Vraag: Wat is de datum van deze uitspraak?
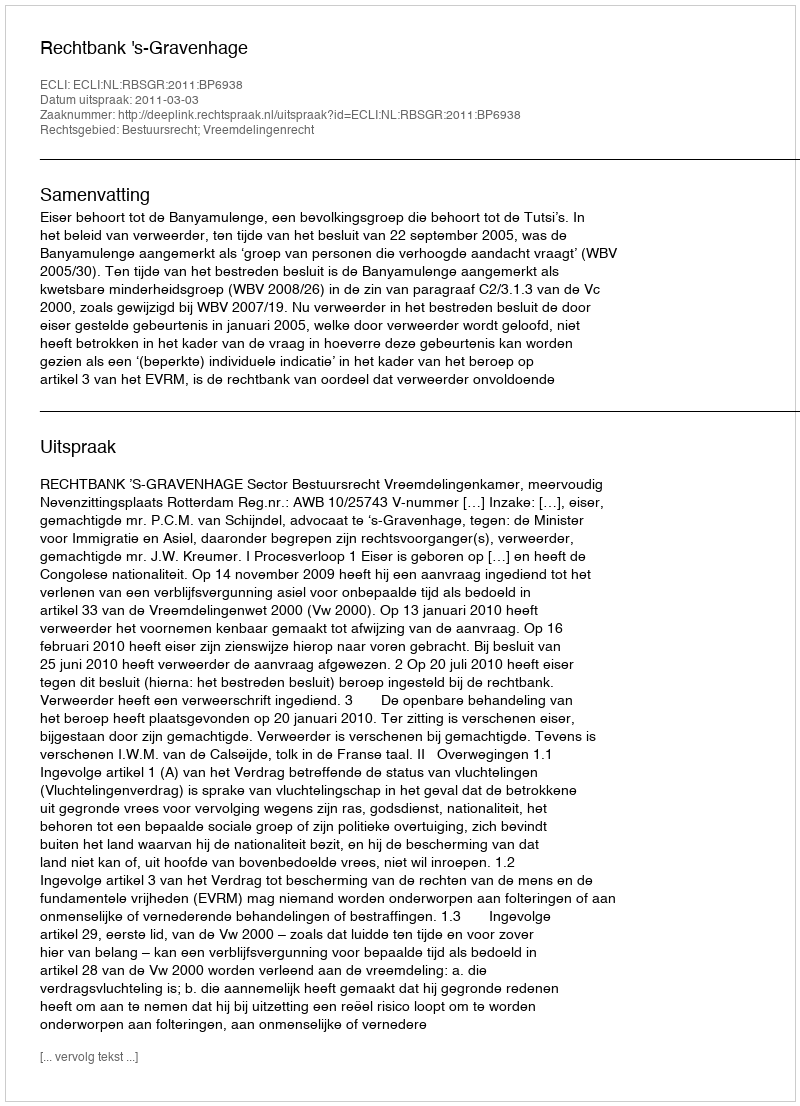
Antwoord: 2011-03-03